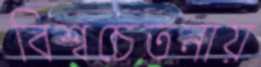
বিশ্বচেতনায়